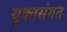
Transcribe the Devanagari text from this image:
युक्तसंगत